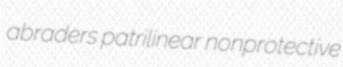
abraders patrilinear nonprotective